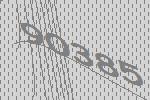
90385